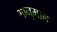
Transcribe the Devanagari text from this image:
भानुमान्